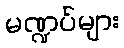
မဏ္ဍပ်များ